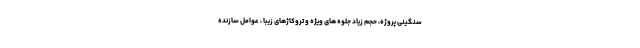
سنگینی پروژه، حجم زیاد جلوه های ویژه و تروکاژهای زیبا ، عوامل سازنده